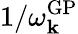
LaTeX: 1/\omega_{\mathbf{k}}^{\mathrm{{GP}}}